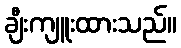
ချီးကျူးထားသည်။